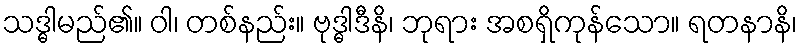
သဒ္ဓါမည်၏။ ဝါ၊ တစ်နည်း။ ဗုဒ္ဓါဒီနိ၊ ဘုရား အစရှိကုန်သော။ ရတနာနိ၊